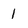
Character: 1